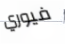
فيوري